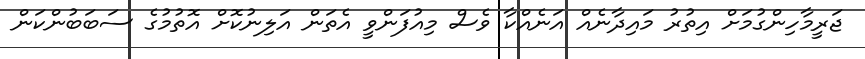
ޖަރީމާހިންގުމަށް އިތުރު މައިދާނެއް އަނެއްކާ ވެސް މިއުފަންވީ އެތަން އަލިނުކޮށް އޮތުމުގެ ސަބަބުންކަން